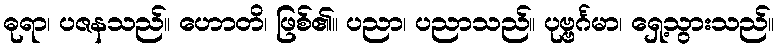
ဓုရာ၊ ပဇနသည်။ ဟောတိ၊ ဖြစ်၏။ ပညာ၊ ပညာသည်။ ပုဗ္ဗင်္ဂမာ၊ ရှေ့သွားသည်။